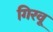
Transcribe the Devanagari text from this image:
गिरवू